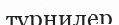
турнилер